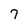
Character: 7